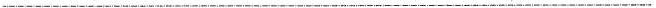
___